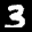
Label: 3